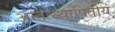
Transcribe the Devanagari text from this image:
अन्तःस्थापितीय